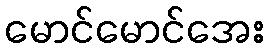
မောင်မောင်အေး